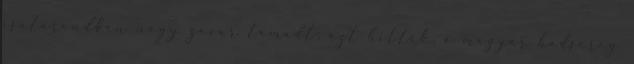
csatarendben nagy zavar támadt; azt hitték, a magyar hadsereg